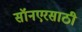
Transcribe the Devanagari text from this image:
सॉनएरसाठी